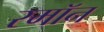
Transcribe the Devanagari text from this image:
रमॉन